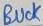
Text: BUCK